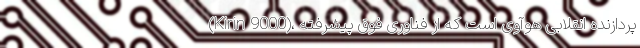
(Kirin 9000)، پردازنده انقلابی هوآوی است که از فناوری فوق پیشرفته